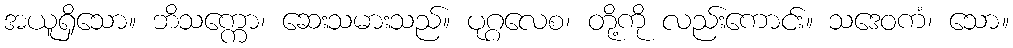
အယူရှိသော။ ဘိသက္ကော၊ ဆေးသမားသည်။ ပုဂ္ဂလေစ၊ တို့ကို လည်းကောင်း။ သဒေဝကံ၊ သော။